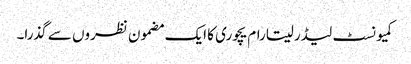
کمیونسٹ لیڈر سیتارام یچوری کا ایک مضمون نظروں سے گذرا۔